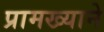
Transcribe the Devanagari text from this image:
प्रामख्याने